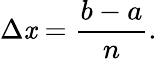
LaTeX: \Delta\mathit{x}={\frac{{b-a}}{{n}}}.